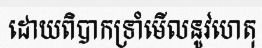
ដោយពិបាកទ្រាំមើលនូវហេតុ